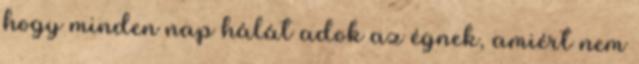
hogy minden nap hálát adok az égnek, amiért nem